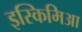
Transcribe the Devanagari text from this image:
इस्किमिआ